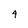
Character: 4